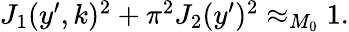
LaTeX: \begin{array}{r}{J_{1}(y^{\prime},k)^{2}+\pi^{2}J_{2}(y^{\prime})^{2}\approx_{M_{0}}1.}\end{array}